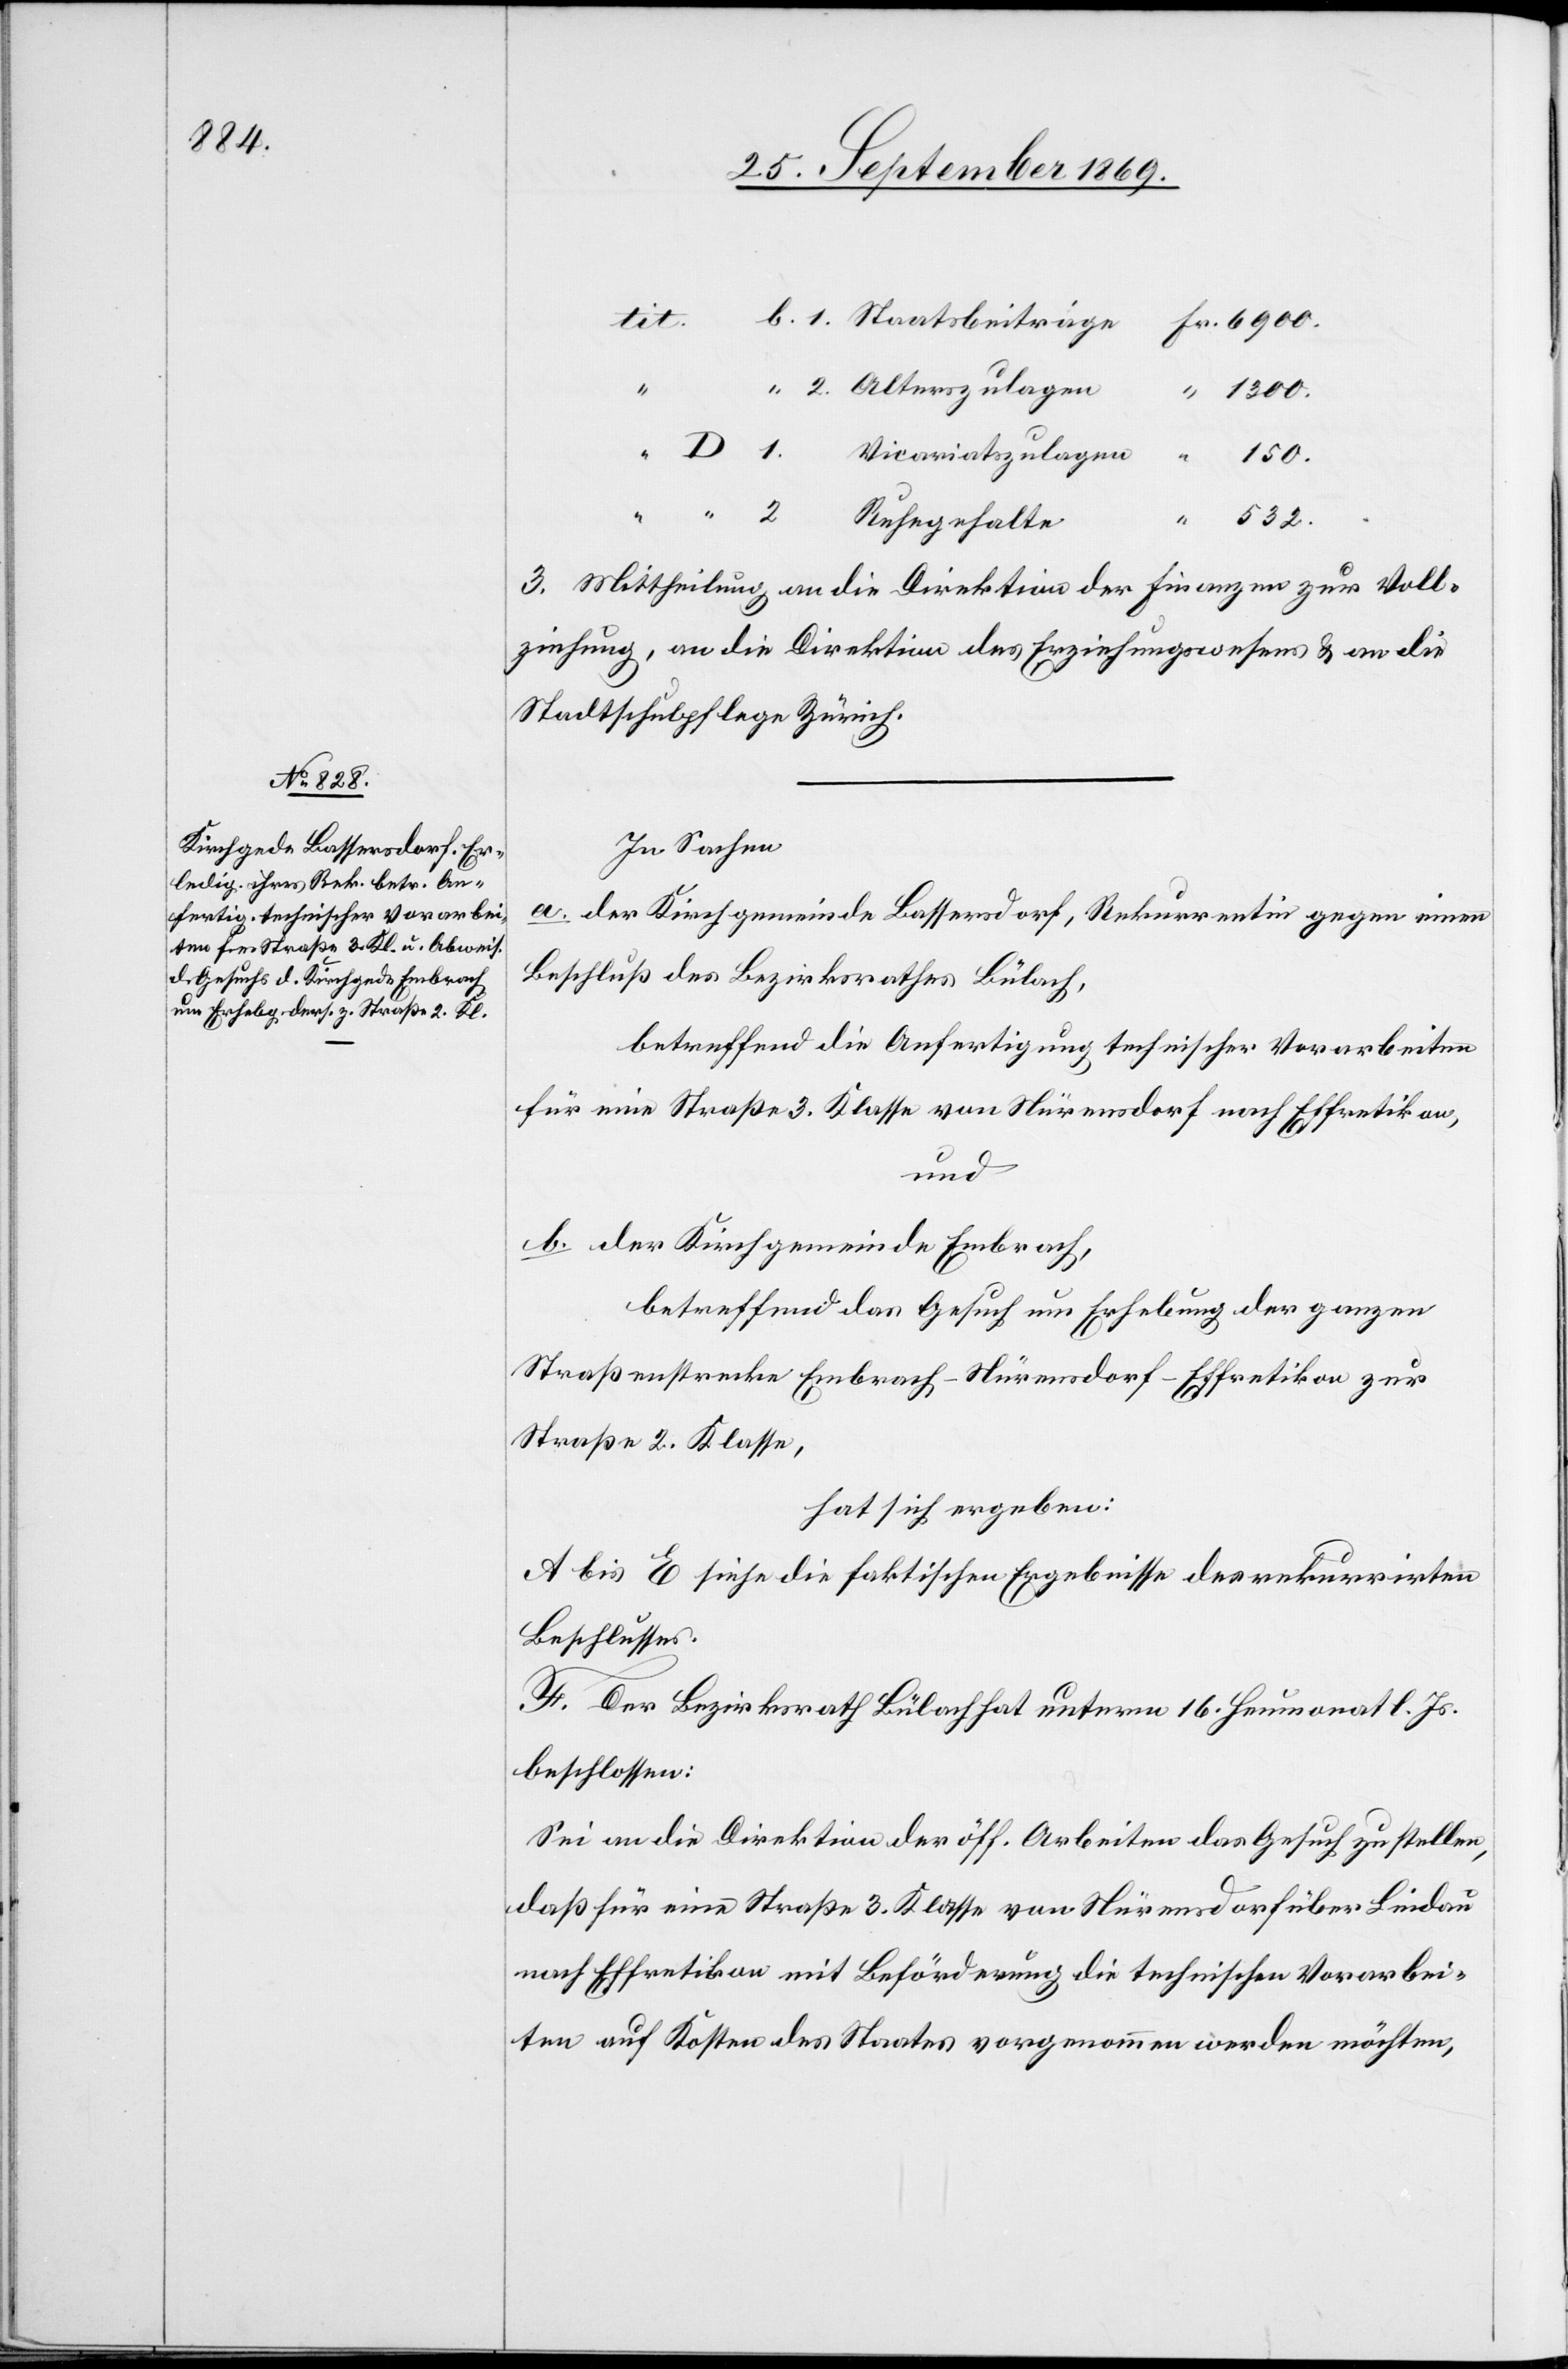
tit.
“
1300.
1.
Vicariatszulagen
532.
Ruhegehalte
3. Mittheilung an die Direktion der Finanzen zur Voll¬
ziehung, an die Direktion des Erziehungswesens & an die
Stadtschulpflege Zürich.
In Sachen
a. der Kirchgemeinde Bassersdorf, Rekurrentin gegen einen
Beschluß des Bezirksrathes Bülach,
betreffend die Anfertigung technischer Vorarbeiten
für eine Straße 3. Klasse von Nürensdorf nach Effretikon,
und
b. der Kirchgemeinde Embrach,
betreffend das Gesuch um Erhebung der ganzen
Straßenstrecke Embrach–Nürensdorf–Effretikon zur
Straße 2. Klasse,
hat sich ergeben:
A bis E siehe die faktischen Ergebnisse des rekurrirten
Beschlusses.
F. Der Bezirksrath Bülach hat unterm 16. Heumonat l. Js.
beschlossen:
Sei an die Direktion der öff. Arbeiten das Gesuch zu stellen,
daß für eine Straße 3. Klasse von Nürensdorf über Lindau
nach Effretikon mit Beförderung die technischen Vorarbei¬
ten auf Kosten des Staates vorgenommen werden möchten,